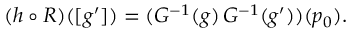
\begin{array} { r } { ( h \circ R ) ( [ g ^ { \prime } ] ) = ( G ^ { - 1 } ( g ) \, G ^ { - 1 } ( g ^ { \prime } ) ) ( p _ { 0 } ) . } \end{array}